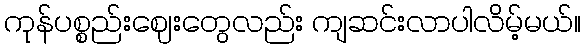
ကုန်ပစ္စည်းဈေးတွေလည်း ကျဆင်းလာပါလိမ့်မယ်။